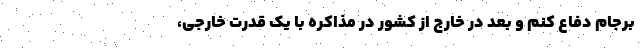
برجام دفاع کنم و بعد در خارج از کشور در مذاکره با یک قدرت خارجی،